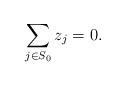
LaTeX: \begin{align*}\sum_{j\in S_0}z_j=0.\end{align*}